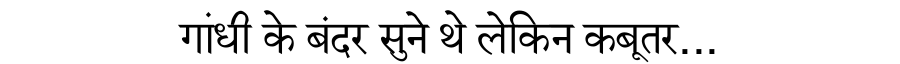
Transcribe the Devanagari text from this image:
गांधी के बंदर सुने थे लेकिन कबूतर...